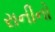
રાનીનો